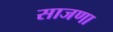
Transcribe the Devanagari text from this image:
साजणा